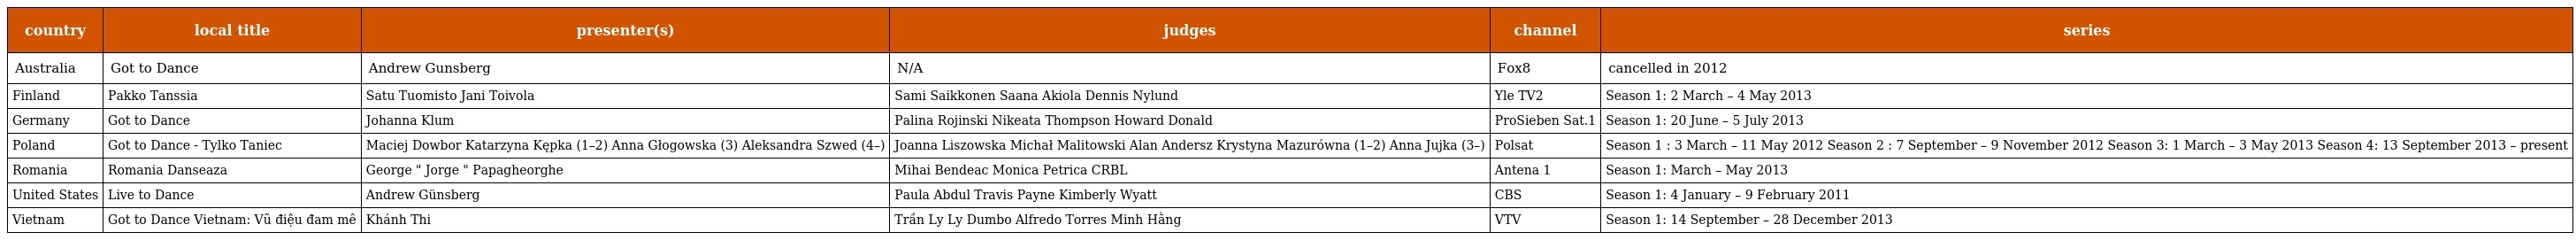
| country | local title | presenter(s) | judges | channel | series |
 | --- | --- | --- | --- | --- | --- |
 | Australia | Got to Dance | Andrew Gunsberg | N/A | Fox8 | cancelled in 2012 |
 | Finland | Pakko Tanssia | Satu Tuomisto Jani Toivola | Sami Saikkonen Saana Akiola Dennis Nylund | Yle TV2 | Season 1: 2 March – 4 May 2013 |
 | Germany | Got to Dance | Johanna Klum | Palina Rojinski Nikeata Thompson Howard Donald | ProSieben Sat.1 | Season 1: 20 June – 5 July 2013 |
 | Poland | Got to Dance - Tylko Taniec | Maciej Dowbor Katarzyna Kępka (1–2) Anna Głogowska (3) Aleksandra Szwed (4–) | Joanna Liszowska Michał Malitowski Alan Andersz Krystyna Mazurówna (1–2) Anna Jujka (3–) | Polsat | Season 1 : 3 March – 11 May 2012 Season 2 : 7 September – 9 November 2012 Season 3: 1 March – 3 May 2013 Season 4: 13 September 2013 – present |
 | Romania | Romania Danseaza | George " Jorge " Papagheorghe | Mihai Bendeac Monica Petrica CRBL | Antena 1 | Season 1: March – May 2013 |
 | United States | Live to Dance | Andrew Günsberg | Paula Abdul Travis Payne Kimberly Wyatt | CBS | Season 1: 4 January – 9 February 2011 |
 | Vietnam | Got to Dance Vietnam: Vũ điệu đam mê | Khánh Thi | Trần Ly Ly Dumbo Alfredo Torres Minh Hằng | VTV | Season 1: 14 September – 28 December 2013 |